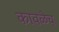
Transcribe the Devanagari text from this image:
कावळेच